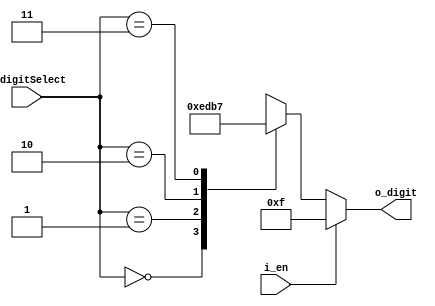
`timescale 1ns / 1ps
//////////////////////////////////////////////////////////////////////////////////
// Company: 
// Engineer: 
// 
// Design Name: 
// Module Name: FND_Select_Decoder
// Project Name: 
// Target Devices: 
// Tool Versions: 
// Description: 
// 
// Dependencies: 
// 
// Revision:
// Revision 0.01 - File Created
// Additional Comments:
// 
//////////////////////////////////////////////////////////////////////////////////


module FND_Select_Decoder(
    // input, output is default wire.
    input [1:0] i_digitSelect,
    input i_en,
    output [3:0] o_digit
    );

    reg [3:0] r_digit; // reg is memory function

    assign o_digit = r_digit;

    // Decoder function table 
    always @(i_digitSelect or i_en) begin
        if(i_en) begin
            r_digit = 4'b1111;
        end
        else begin
            case (i_digitSelect)
                2'h0 : r_digit = 4'b1110;
                2'h1 : r_digit = 4'b1101;
                2'h2 : r_digit = 4'b1011;
                2'h3 : r_digit = 4'b0111;
            endcase
        end
    end
endmodule